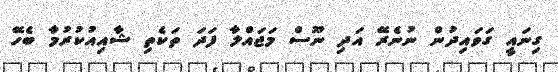
ގިނައީ ގަވައިދުން ނުނެރޭ އަދި ނޫސް މަޖައްލާ ފަދަ ތަކެތި ޝާއިއުކުރުމާ ބެހޭ